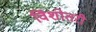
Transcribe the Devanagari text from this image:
विंशोतरी